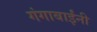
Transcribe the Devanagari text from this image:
गंगाबाईंनी